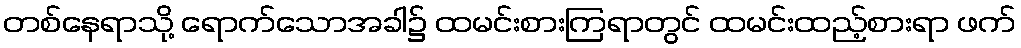
တစ်နေရာသို့ ရောက်သောအခါ၌ ထမင်းစားကြရာတွင် ထမင်းထည့်စားရာ ဖက်